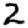
Digit: 2